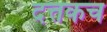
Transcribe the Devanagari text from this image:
दत्तकच